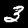
Digit: 3